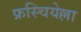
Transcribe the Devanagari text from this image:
फ्रस्चियेल्ला